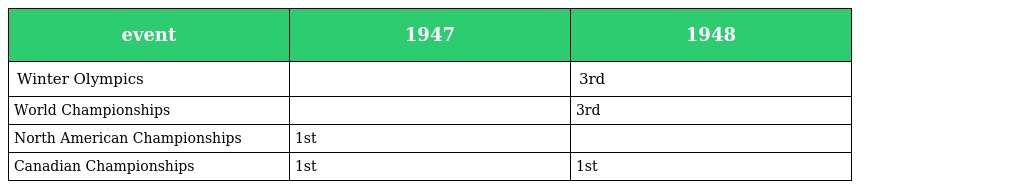
| event | 1947 | 1948 |
 | --- | --- | --- |
 | Winter Olympics |  | 3rd |
 | World Championships |  | 3rd |
 | North American Championships | 1st |  |
 | Canadian Championships | 1st | 1st |